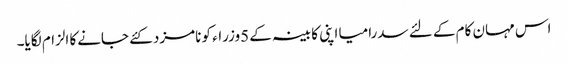
اس مہان کام کے لئے سدرامیا اپنی کابینہ کے 5وزراء کو نامزد کئے جانےکا الزام لگایا۔